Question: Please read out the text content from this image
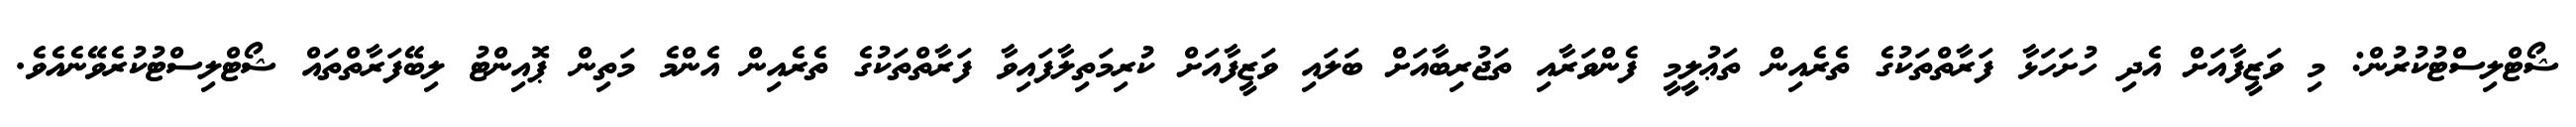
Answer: ޝޯޓްލިސްޓުކުރުން: މި ވަޒީފާއަށް އެދި ހުށަހަޅާ ފަރާތްތަކުގެ ތެރެއިން ތަޢުލީމީ ފެންވަރާއި ތަޖުރިބާއަށް ބަލައި ވަޒީފާއަށް ކުރިމަތިލާފައިވާ ފަރާތްތަކުގެ ތެރެއިން އެންމެ މަތިން ޕޮއިންޓު ލިބޭފަރާތްތައް ޝޯޓްލިސްޓުކުރެވޭނެއެވެ.